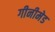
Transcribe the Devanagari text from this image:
गीनीमेड